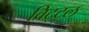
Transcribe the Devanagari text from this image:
विट्ट्ल